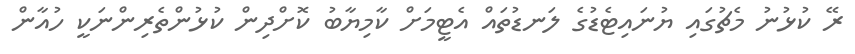
ރޭ ކުޅުނު މެޗުގައި ޔުނައިޓެޑުގެ ލަނޑުތައް އެޓީމަށް ކާމިޔާބު ކޮށްދިން ކުޅުންތެރިންނަކީ ހުއާން